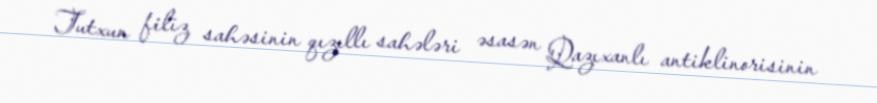
Tutxun filiz sahəsinin qızıllı sahələri əsasən Qazıxanlı antiklinorisinin